Vaccination in the Punjab 1883-1896 - 1883-1896
Year: 1883
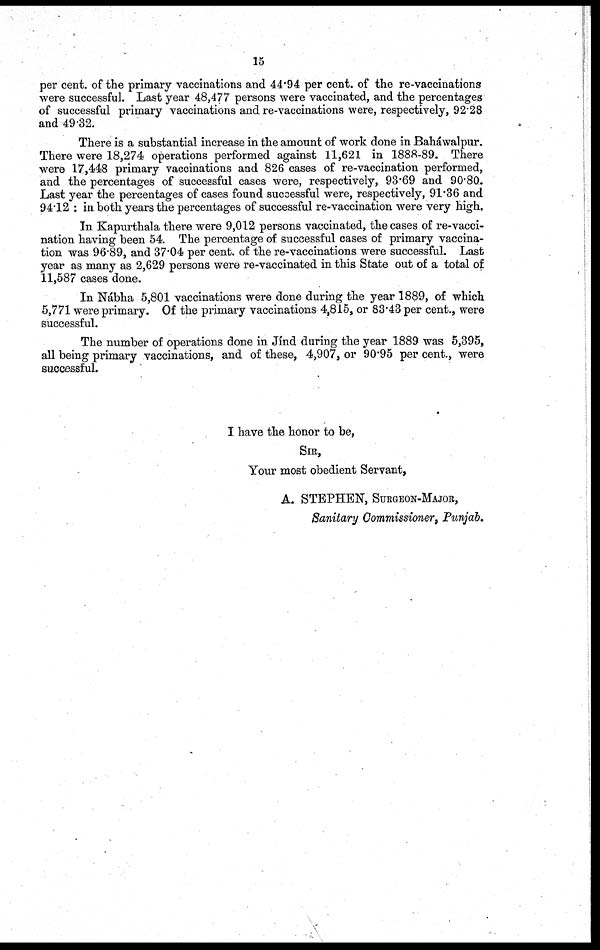
15
per cent. of the primary vaccinations and 44.94 per cent. of the re-vaccinations
were successful. Last year 48,477 persons were vaccinated, and the percentages
of successful primary vaccinations and re-vaccinations were, respectively, 92.28
and 49.32.
There is a substantial increase in the amount of work done in Baháwalpur.
There were 18,274 operations performed against 11,621 in 1888-89. There
were 17,448 primary vaccinations and 826 cases of re-vaccination performed,
and the percentages of successful cases were, respectively, 93.69 and 90.80.
Last year the percentages of cases found successful were, respectively, 91.36 and
94.12 : in both years the percentages of successful re-vaccination were very high.
In Kapurthala there were 9,012 persons vaccinated, the cases of re-vacci-
nation having been 54. The percentage of successful cases of primary vaccina-
tion was 96.89, and 37.04 per cent. of the re-vaccinations were successful. Last
year as many as 2,629 persons were re-vaccinated in this State out of a total of
11,587 cases done.
In Nábha 5,801 vaccinations were done during the year 1889, of which
5,771 were primary. Of the primary vaccinations 4,815, or 83.43 per cent., were
successful.
The number of operations done in Jínd during the year 1889 was 5,395,
all being primary vaccinations, and of these, 4,907, or 90.95 per cent., were
successful.
I have the honor to be,
SIR,
Your most obedient Servant,
A. STEPHEN, SURGEON-MAJOR,
Sanitary Commissioner, Punjab.